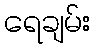
ရေချမ်း